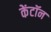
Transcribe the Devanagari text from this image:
केंटॉन